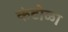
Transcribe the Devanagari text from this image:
कंटोळा